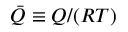
\bar { Q } \equiv Q / ( R { T } )